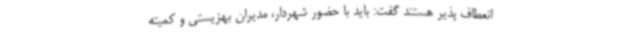
انعطاف پذیر هستند گفت: باید با حضور شهردار، مدیران بهزیستی و کمیته